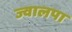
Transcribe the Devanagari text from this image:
ज्वालपा